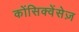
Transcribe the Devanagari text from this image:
कोंसिक्वेंसेज़